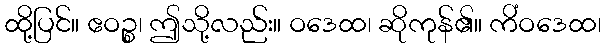
ထို့ပြင်။ ဧဝဉ္စ၊ ဤသို့လည်း။ ဝဒေထ၊ ဆိုကုန်၏။ ကိံဝဒေထ၊